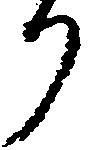
り